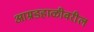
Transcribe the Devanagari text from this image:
आम्रडहाळीवरील